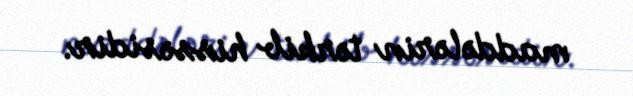
maddələrin tərkib hissəsidir.